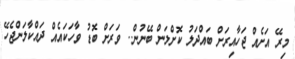
މިރޭ އަށެއް ޖަހާއިރަށް ބައްދަލު ކޮށްލަން ބޭނުން.. ވަރަށް ބޮޑު ވާހަކައެއް ދައްކާލަންޖެހޭ